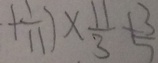
+ \frac { 1 } { 1 1 } ) \times \frac { 1 1 } { 3 } + \frac { 3 } { 7 }